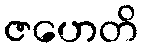
ဇဟေတိ